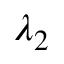
\lambda _ { 2 }